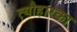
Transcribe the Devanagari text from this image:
त्यौहारका